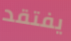
يفتقد